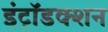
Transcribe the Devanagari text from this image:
इंट्रॉडक्शन